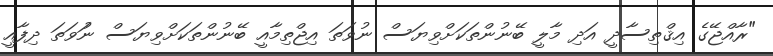
"ރާއްޖޭގެ އިޤްތިސާދީ އަދި މާލީ ބޭނުންތަކަށްވިޔަސް ނުވަތަ އިޖްތިމާއީ ބޭނުންތަކަށްވިޔަސް ނުަވަތަ ދިފާއީ